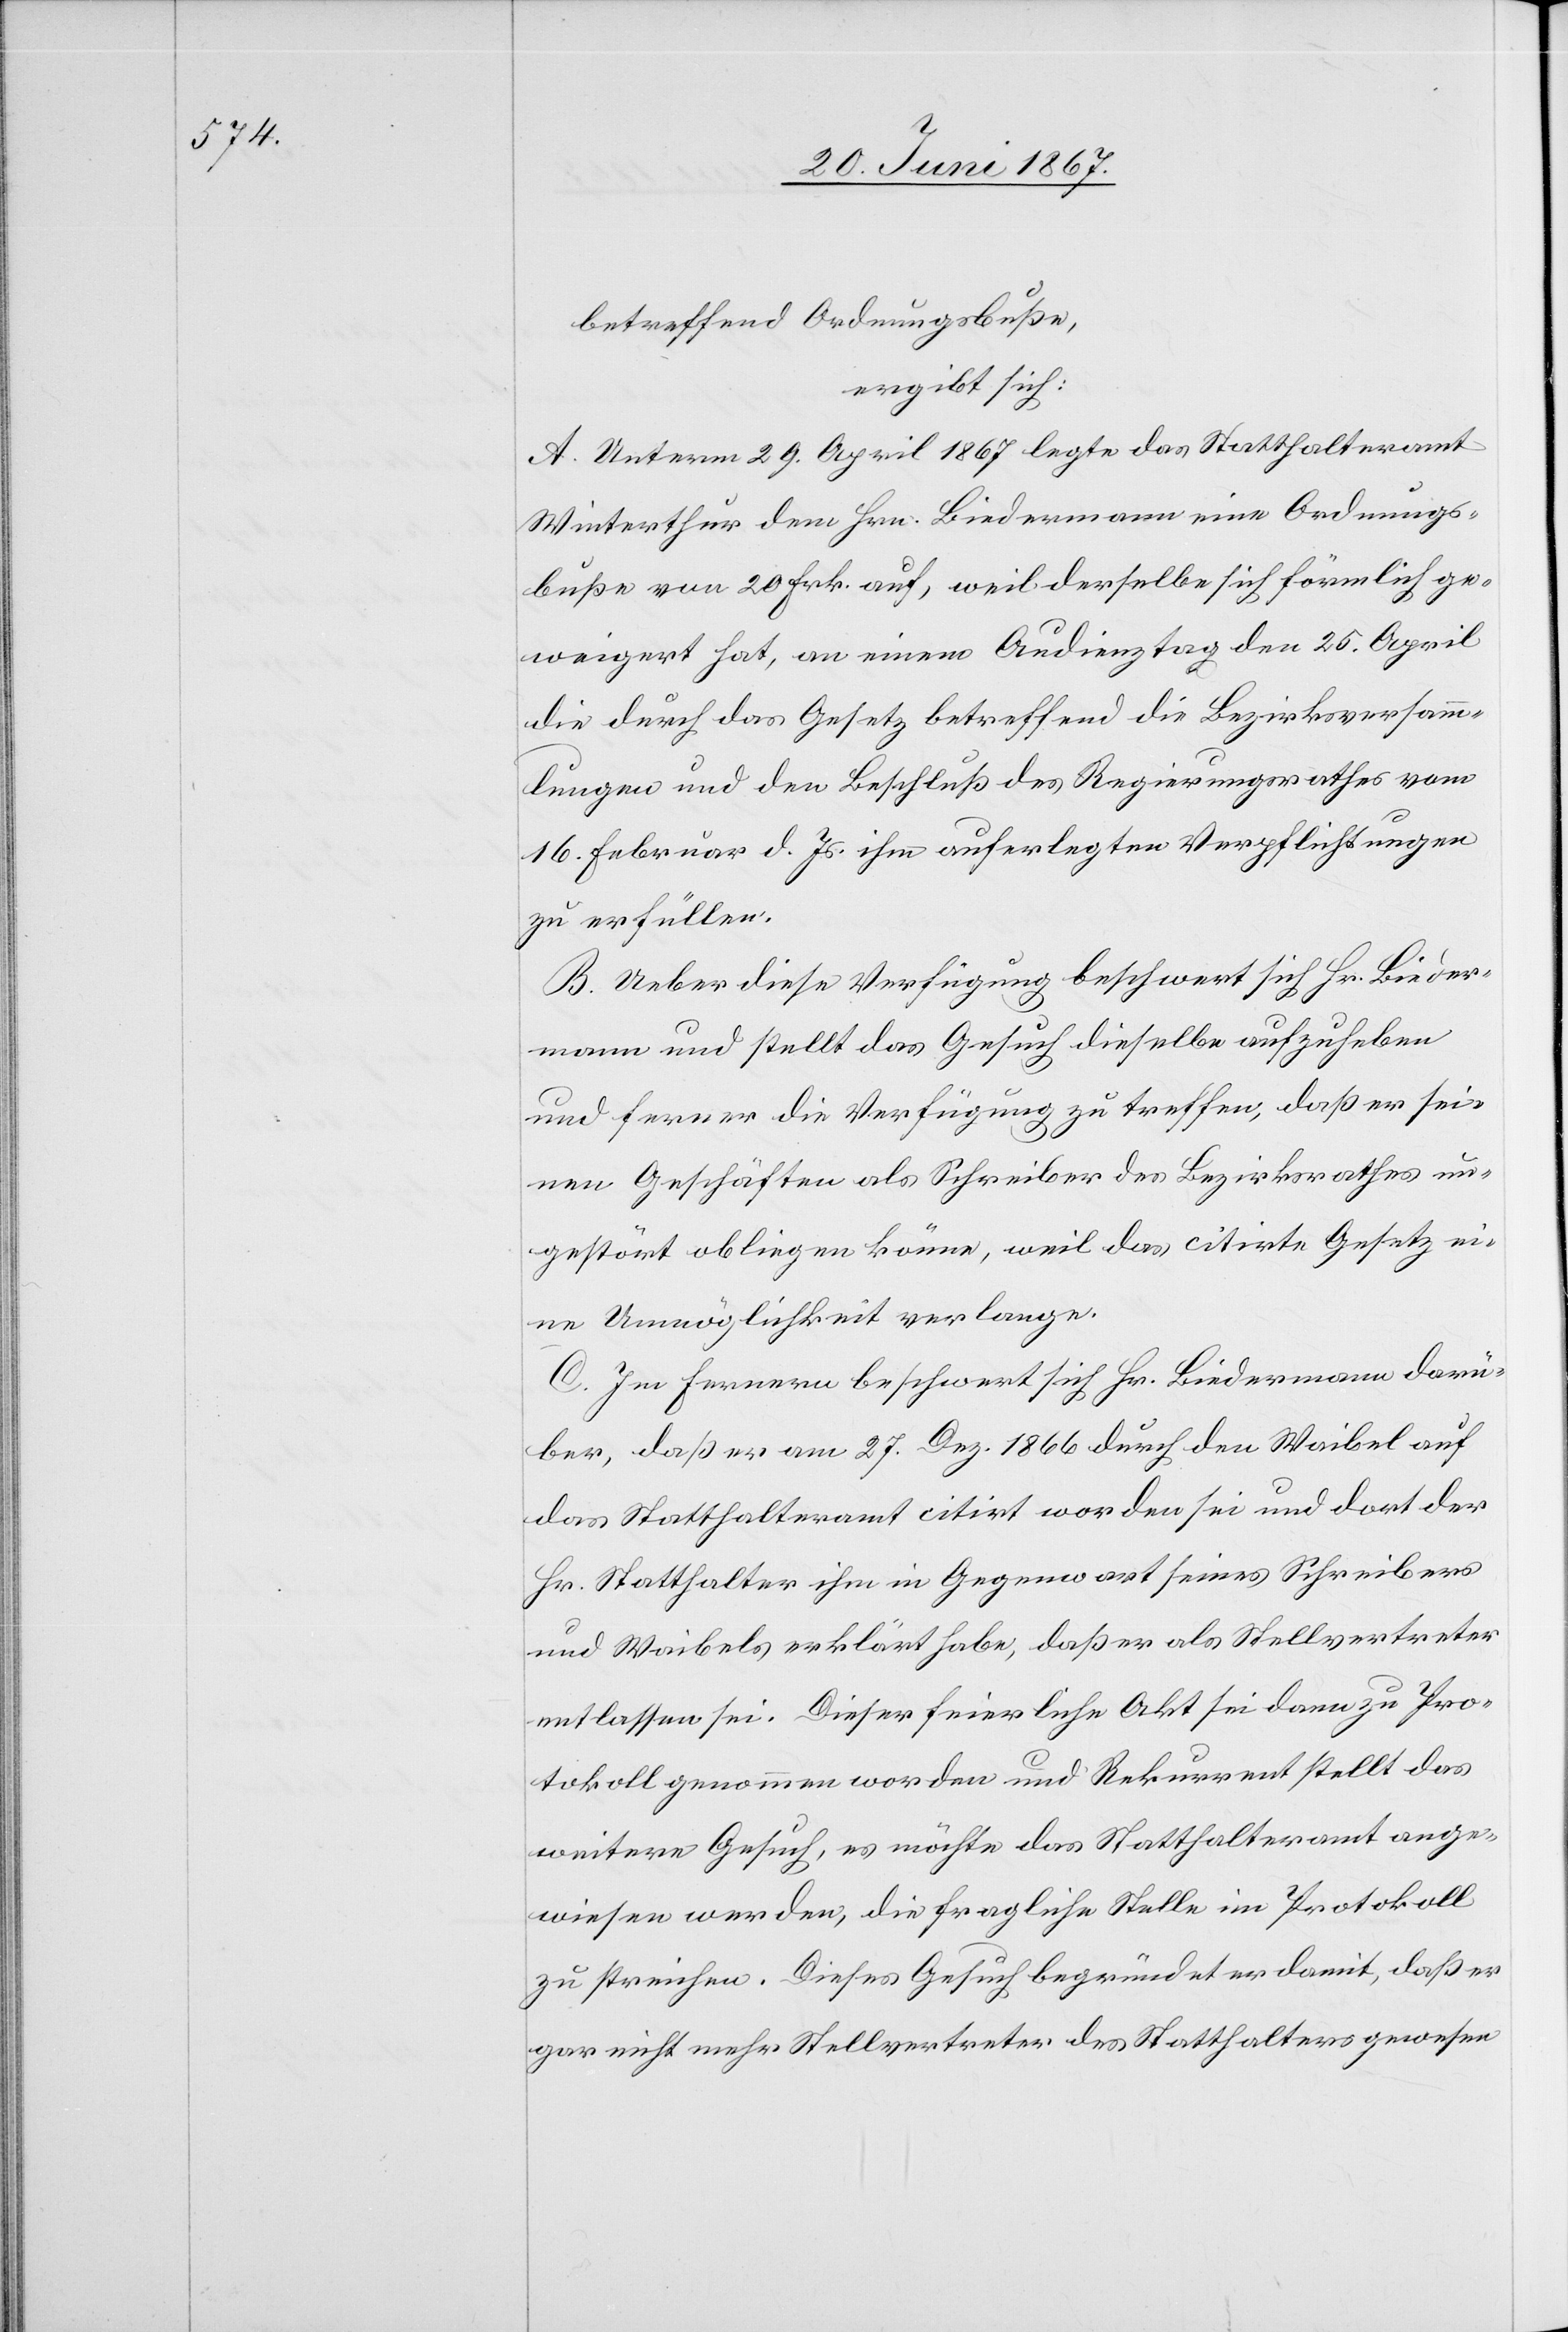
betreffend Ordnungsbuße,
ergibt sich:
A. Unterm 29. April 1867 legte das Statthalteramt
Winterthur dem Hrn. Biedermann eine Ordnungs¬
buße von 20 Frk. auf, weil derselbe sich förmlich ge¬
weigert hat, an einem Audienztag den 25. April
die durch das Gesetz betreffend die Bezirksversamm¬
lungen und den Beschluß des Regierungsrathes vom
16. Februar d. Js. ihm auferlegten Verpflichtungen
zu erfüllen.
B. Ueber diese Verfügung beschwert sich Hr. Bieder¬
mann und stellt das Gesuch dieselbe aufzuheben
und ferner die Verfügung zu treffen, daß er sei¬
nen Geschäften als Schreiber des Bezirksrathes un¬
gestört obliegen könne, weil das citirte Gesetz ei¬
ne Unmöglichkeit verlange.
C. Im Fernern beschwert sich Hr. Biedermann darü¬
ber, daß er am 27. Dez. 1866 durch den Waibel
das Statthalteramt citirt worden sei und dort der
Hr. Statthalter ihm in Gegenwart seines Schreibers
und Waibels erklärt habe, daß er als Stellvertreter
entlassen sei. Dieser feierliche Akt sei dann zu Pro¬
tokoll genommen worden und Rekurrent stellt das
weitere Gesuch, es möchte das Statthalteramt ange¬
wiesen werden, die fragliche Stelle im Protokoll
zu streichen. Dieses Gesuch begründet er damit, daß er
gar nicht mehr Stellvertreter des Statthalters gewesen